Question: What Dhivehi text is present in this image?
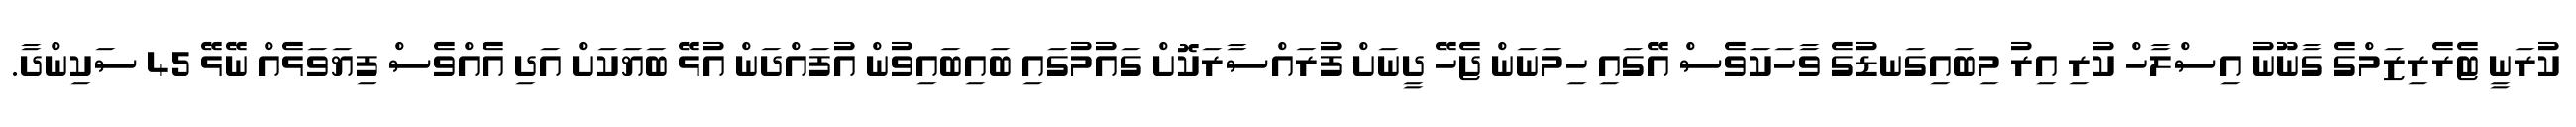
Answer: ކުރަނީ ޓެރެރިޒަމްގެ ގާނޫނު އިސްލާހް ކުރި އިރު މިބައިގަނޑުގެ ވާހަކަވެސް އޭގައި ހިމަނަން ޖެހޭ ދީނަށް ފުރައްސާރަކޮށް ގައުމުގައި ބައިބައިވުން އުފައްދަން އުޅޭ ބަޔަކަށް އަދި އެއްވެސް ފިޔަވަޅެއް ނޭޅޭ 45 ސަކިންދާ.